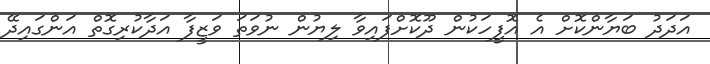
އަދަދު ބަޔާންކޮށް އެ އޮފީހަކުން ދޫކޮށްފައިވާ ލިޔުން ނުވަތަ ވަޒީފާ އަދާކުރިގޮތް އަންގައިދޭ